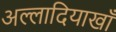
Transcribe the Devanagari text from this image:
अल्लादियाखाँ